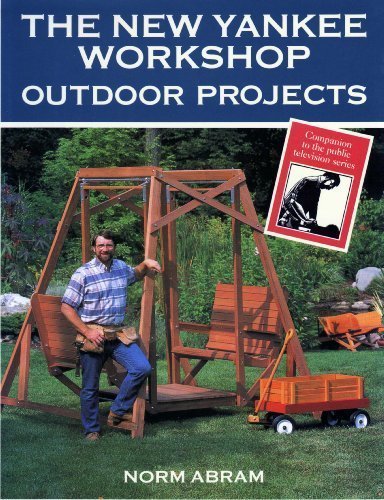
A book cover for The New Yankee Workshop Outdoor Projects; Norm Abram; Crafts, Hobbies & Home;